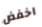
اخفض